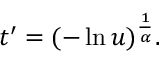
t ^ { \prime } = ( - \ln u ) ^ { \frac { 1 } { \alpha } } .